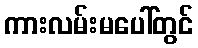
ကားလမ်းမပေါ်တွင်